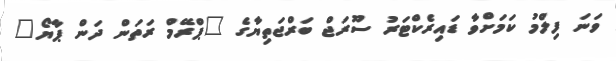
ވަނަ ފިލްމު ކަމަށްވާ ޑައިރެކްޓަރު ސޫރަޖް ބަރްޖަތިޔާގެ "ޕްރޭމް ރަތަން ދަން ޕާޔޯ"